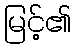
မြင့်၏